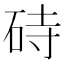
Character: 𪿚